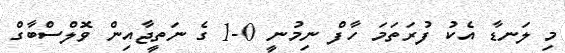
މި ލަނޑާ އެކު ފުރަތަމަ ހާފް ނިމުނީ 0-1 ގެ ނަތީޖާއިން ވޮލްސްބާގް